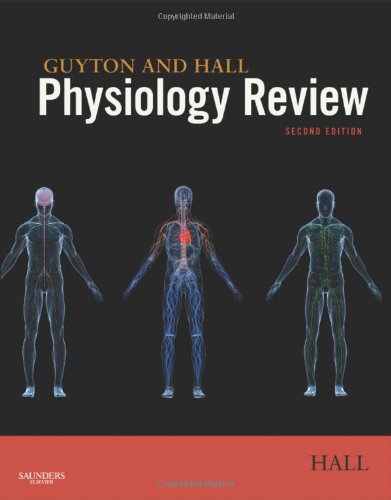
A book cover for Guyton & Hall Physiology Review, 2e (Guyton Physiology); John E. Hall PhD; Medical Books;